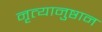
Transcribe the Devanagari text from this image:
नृत्यानुष्ठान